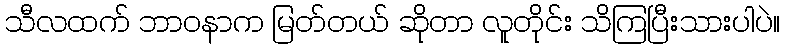
သီလထက် ဘာဝနာက မြတ်တယ် ဆိုတာ လူတိုင်း သိကြပြီးသားပါပဲ။